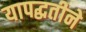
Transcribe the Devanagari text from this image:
यापद्धतीने